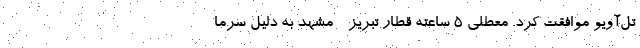
تل‌آویو موافقت کرد. معطلی ۵ ساعته قطار تبریز - مشهد به دلیل سرما